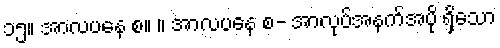
၁၅။ အာလပနေ စ။ ။ အာလပနေ စ- အာလုပ်အနက်အပို ရှိသော